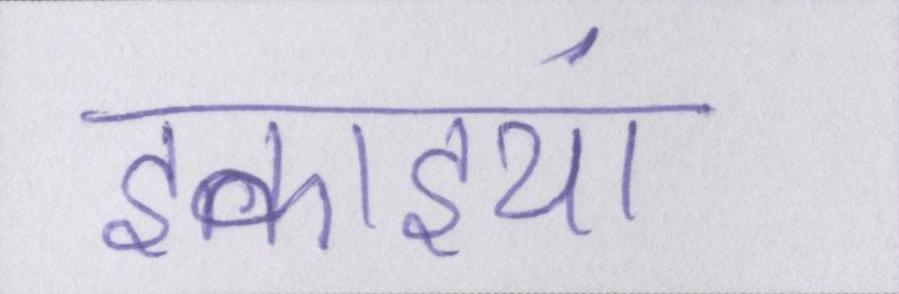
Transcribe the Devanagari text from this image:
इकाइयां